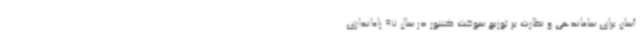
آسان برای ساماندهی و نظارت بر توزیع سوخت کشور در سال 97 راه‌اندازی